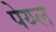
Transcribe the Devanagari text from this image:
पेय्प्ल